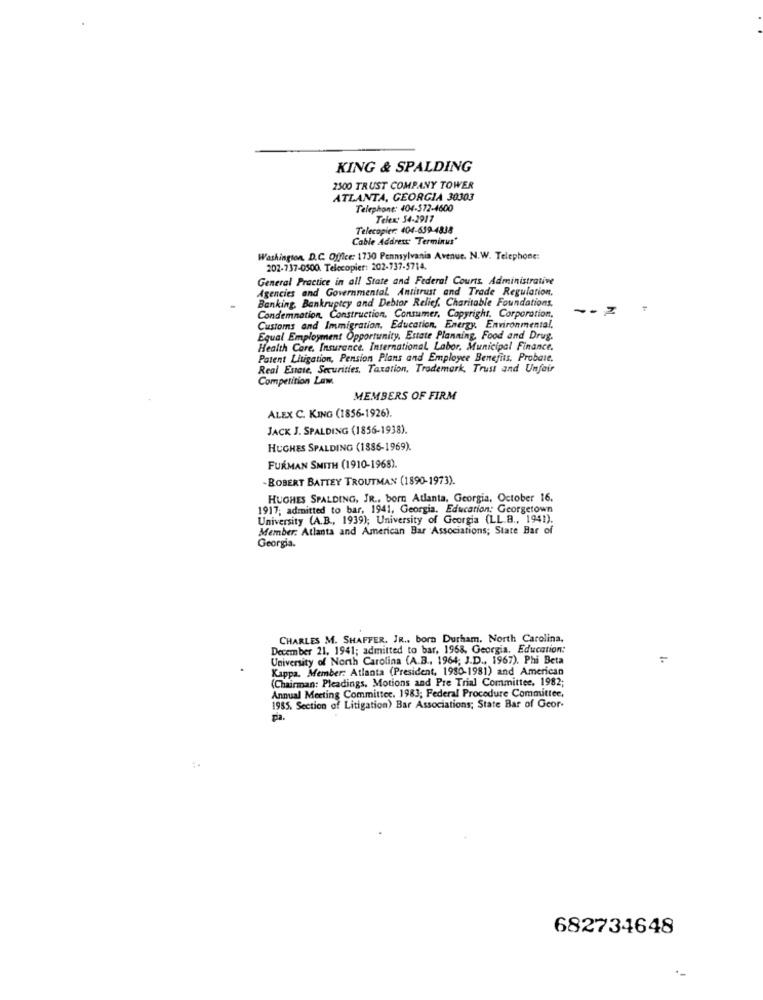
KING & SPALDING
2500 TRUST COMPANY TOWER
ATLANTA, GEORGIA 30303
Telephone: 404-372-4600
Telex: 54-2917
Telecopier: 404-639-4838
Cable Address Terminus'
Washington, D.C. Office: 1730 Pennsylvania Avenue. N. W. Telephone:
202-737-0500. Telecopier: 202-737-5714.
General Practice in all State and Federal Courts. Administrative
Agencies and Governmental. Antitrust and Trade Regulation.
Banking, Bankruptcy and Debtor Relief, Charitable Foundations,
Condemnation, Construction, Consumer, Copyright. Corporation.
Customs and Immigration, Education, Energy. Environmental,
Equal Employment Opportunity, Estate Planning, Food and Drug.
Health Care. Insurance. International Labor, Municipal Finance.
Patent Litigation, Pension Plans and Employee Benefits, Probate,
Real Estate, Securities, Taxation, Trademark, Trust and Unfair
Competition Law.
MEMBERS OF FIRM
ALEX C. KING (1856-1926)
JACK J. SPALDING (1856-1938).
HUGHES SPALDING (1886-1969).
FURMAN SMITH (1910-1968).
-BOBERT BATTEY TROUTMAN (1890-1973).
HUGHES SPALDING, JR ., born Atlanta, Georgia, October 16.
1917; admitted to bar, 1941, Georgia, Education: Georgetown
University (A.B ., 1939); University of Georgia (LL.B ., 1941).
Member: Atlanta and American Bar Associations; State Bar of
Georgia.
CHARLES M. SHAFFER. JR ., born Durham, North Carolina,
December 21. 1941; admitted to bar, 1968, Georgia, Education:
University of North Carolina (A.B ., 1964; J.D ., 1967). Phi Beta
Kappa. Member: Atlanta (President, 1980-1981) and American
(Chairman: Pleadings. Motions and Pre Trial Committee. 1982;
Annual Meeting Committee. 1983; Federal Procedure Committee,
1985. Section of Litigation) Bar Associations; State Bar of Geor-
pia.
682734648